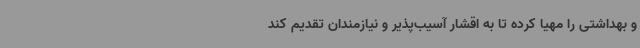
و بهداشتی را مهیا کرده تا به اقشار آسیب‌پذیر و نیازمندان تقدیم کند